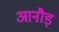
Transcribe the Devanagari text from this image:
आनौड़